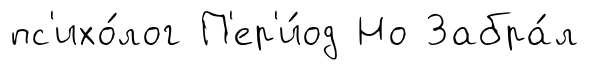
пс'ихо́лог П'ер'и́од Но Забра́л